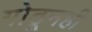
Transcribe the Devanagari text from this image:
गोठूनही